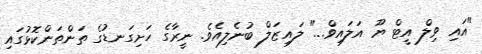
"އައި ވިލް އީޓް ޔޫ އަލައިވް..." ލައިޒަލް ބުނެލިއެވެ. ނީރާގެ ހަށިގަނޑުގެ ތަންތަންކޮޅުގައި